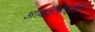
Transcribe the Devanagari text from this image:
आक्जेलोएसीटेट